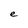
Character: e